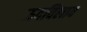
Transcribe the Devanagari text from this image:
ऊदविलाव